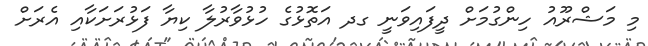
މި މަޝްރޫއު ހިންގުމަށް ދީފައިވަނީ ގދ އަތޮޅުގެ ހުޅުވާރުލާ ކިޔާ ފަޅުރަށަކާއި އެރަށް